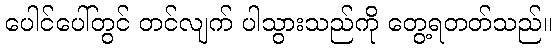
ပေါင်ပေါ်တွင် တင်လျက် ပါသွားသည်ကို တွေ့ရတတ်သည်။